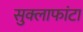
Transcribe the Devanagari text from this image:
सुक्लाफांटा